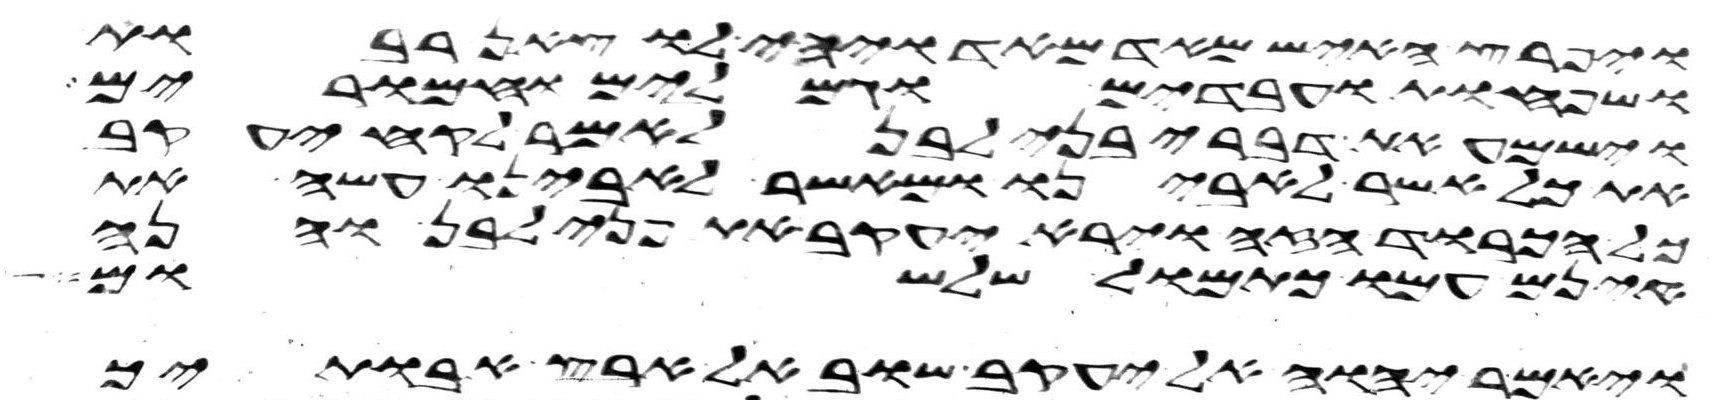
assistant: ויפרץ האיש מאד מאד ויהי לו צאן רבות
ושפחות עבדים וגמלים וחמרים
וישמע את דברי בני לבן לאמר לקח יעקב
את כל אשר לאבינו ומאשר לאבינו עשה את
כל הכבוד הזה וירא יעקב את פני לבן והנה
אינם עמו כתמול שלשום
ויאמר יהוה אל יעקב שוב אל ארץ אבתיך